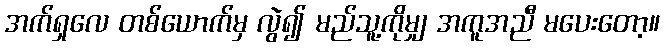
အက်ရှလေ တစ်ယောက်မှ လွဲ၍ မည်သူ့ကိုမျှ အကူအညီ မပေးတော့။